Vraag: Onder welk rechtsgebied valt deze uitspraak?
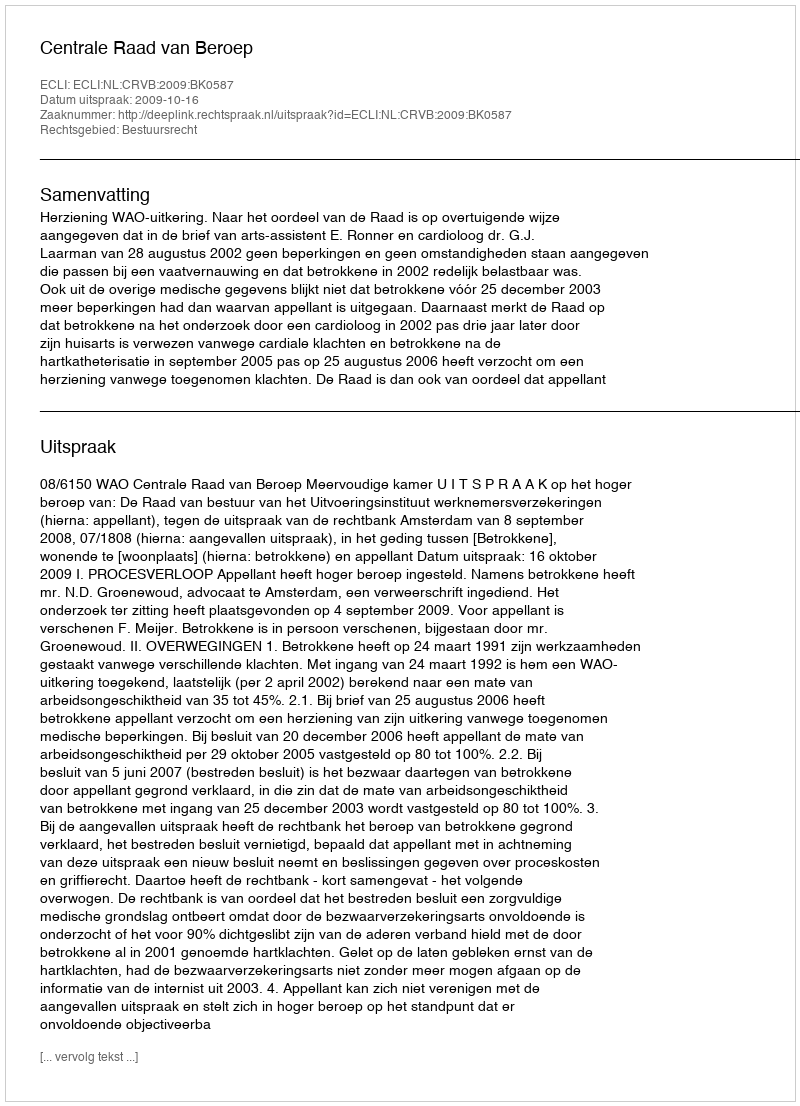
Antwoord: Bestuursrecht